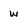
Character: w